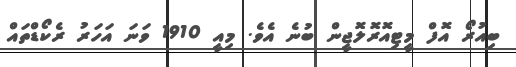
ބިއުރޯ އޮފް މީޓިއޮރޮލޮޖީން ބުނެ އެވެ. މިއީ 1910 ވަނަ އަހަރު ރެކޯޑްތައް